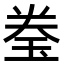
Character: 𬍢